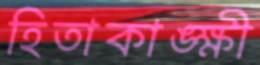
হিতাকাঙ্ক্ষী